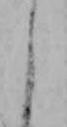
よ